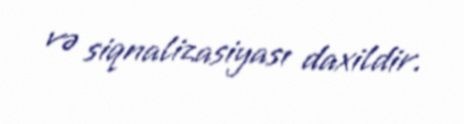
və siqnalizasiyası daxildir.